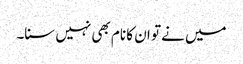
میں نے تو ان کا نام بھی نہیں سنا۔